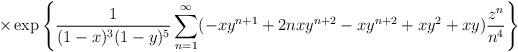
LaTeX: \begin{align*} \times \exp\left\{ \frac{1}{(1-x)^3(1-y)^5} \sum_{n=1}^{\infty} (-xy^{n+1}+2nxy^{n+2}-xy^{n+2}+xy^2+xy) \frac{z^n}{n^4} \right\}\end{align*}